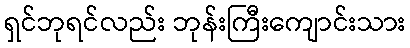
ရှင်ဘုရင်လည်း ဘုန်းကြီးကျောင်းသား